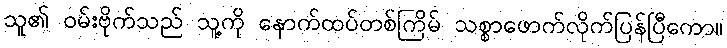
သူ၏ ဝမ်းဗိုက်သည် သူ့ကို နောက်ထပ်တစ်ကြိမ် သစ္စာဖောက်လိုက်ပြန်ပြီကော။